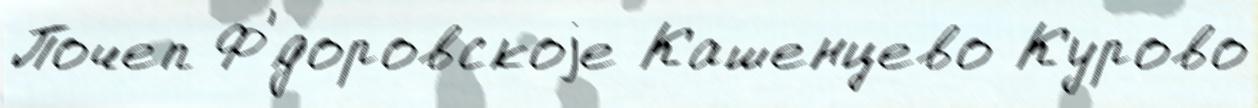
Почеп Ф'́доровскоjе Кашенцево Курово